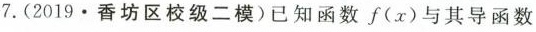
7.(2019.香坊区校级二模)已知函数f(x)与其导函数